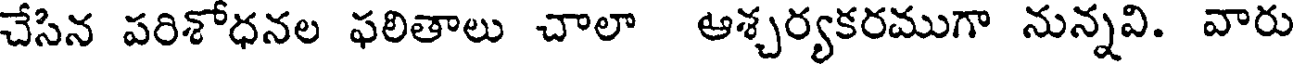
చేసిన పరిశోధనల ఫలితాలు చాలా ఆశ్చర్యకరముగా నున్నవి. వారు